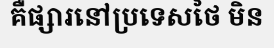
គឺផ្សារនៅប្រទេសថៃ មិន